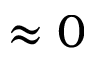
\approx 0